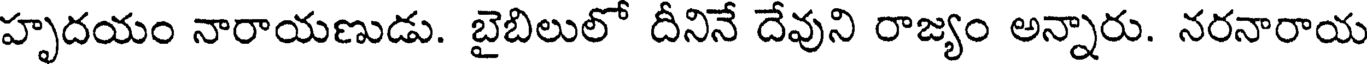
హృదయం నారాయణుడు. బైబిలులో దీనినే దేవుని రాజ్యం అన్నారు. నరనారాయ